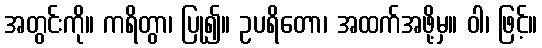
အတွင်းကို။ ကရိတွာ၊ ပြု၍။ ဥပရိတော၊ အထက်အဖို့မှ။ ဝါ၊ ဖြင့်။